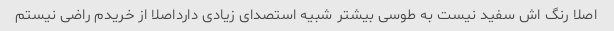
اصلا رنگ اش سفید نیست به طوسی بیشتر شبیه استصدای زیادی دارداصلا از خریدم راضی نیستم